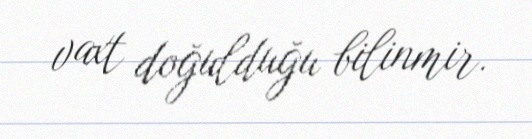
vaxt doğulduğu bilinmir.